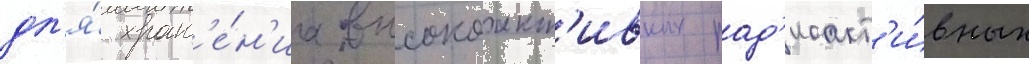
дл'я́ хран'е́н'иа высокоакт'ивных рад'иоакт'и́вных